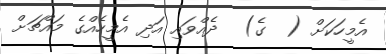
އެމީހަކަށް (  ގެ)  ދެއްވައި އަދި އެމީހެއްގެ މައްޗަށް